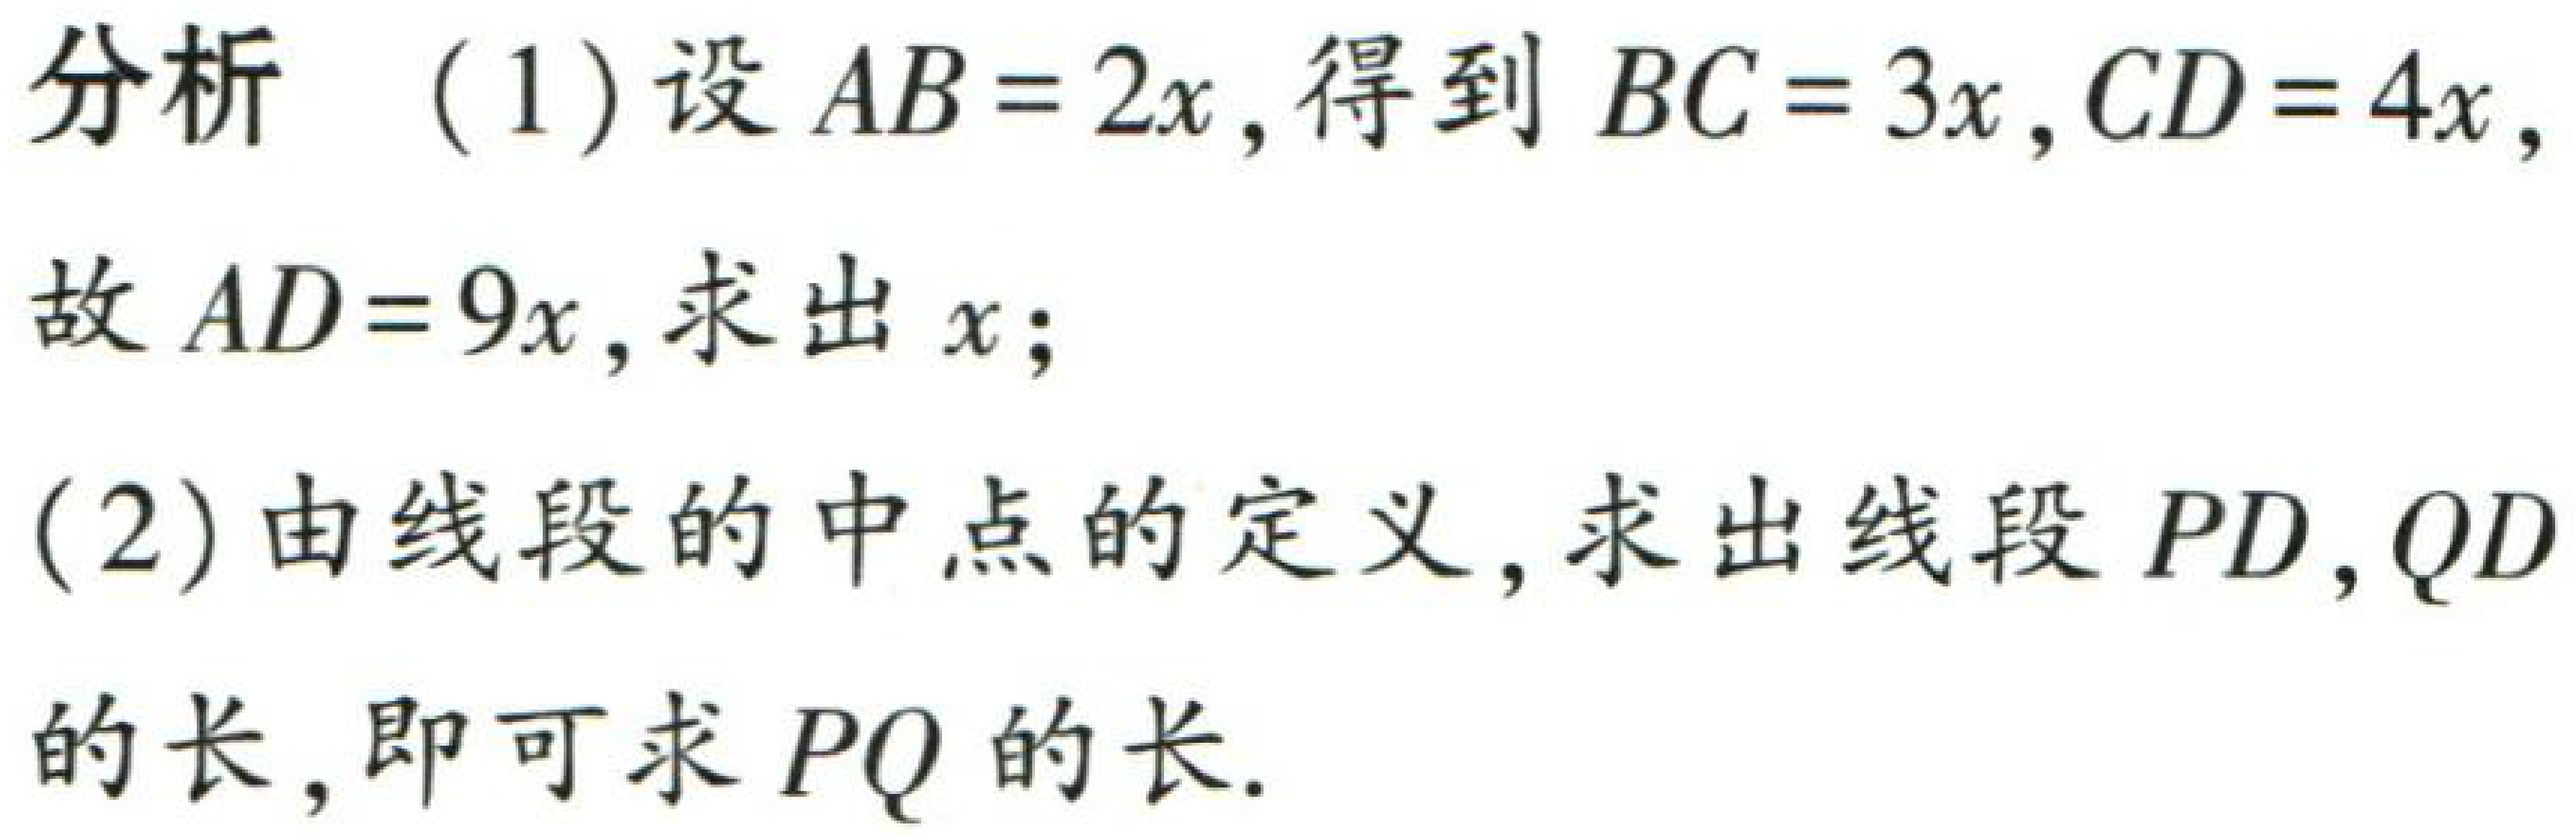
分析 (1) 设 \(AB = 2x\), 得到 \(BC = 3x, CD = 4x\), 故 \(AD = 9x\), 求出 \(x\);

(2) 由线段的中点的定义, 求出线段 \(PD, QD\) 的长, 即可求 \(PQ\) 的长.